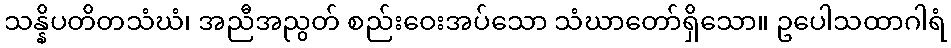
သန္နိပတိတသံဃံ၊ အညီအညွတ် စည်းဝေးအပ်သော သံဃာတော်ရှိသော။ ဥပေါသထာဂါရံ